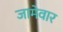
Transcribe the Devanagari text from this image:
जामेवार